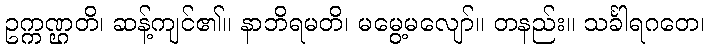
ဥက္ကဏ္ဌတိ၊ ဆန့်ကျင်၏။ နာဘိရမတိ၊ မမွေ့မလျော်။ တနည်း။ သင်္ခါရဂတေ၊